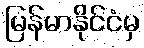
မြန်မာနိုင်ငံမှ